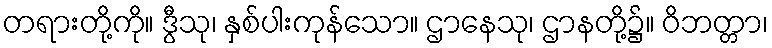
တရားတို့ကို။ ဒွီသု၊ နှစ်ပါးကုန်သော။ ဌာနေသု၊ ဌာနတို့၌။ ဝိဘတ္တာ၊